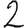
Digit: 2